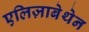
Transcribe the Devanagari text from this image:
एलिज़ाबेथेन